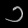
Digit: ၁